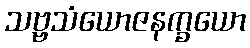
သဗ္ဗသံယောဇနက္ခယော